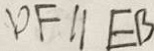
D F / / E B